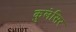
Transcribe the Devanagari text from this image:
कुलेसिर